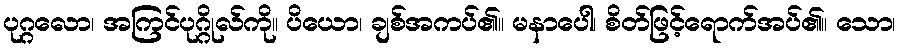
ပုဂ္ဂလော၊ အကြင်ပုဂ္ဂိုလ်ကို။ ပိယော၊ ချစ်အကပ်၏။ မနာပေါ၊ စိတ်ဖြင့်ရောက်အပ်၏။ သော၊